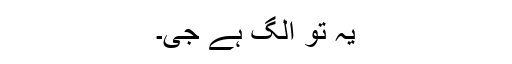
یہ تو الگ ہے جی۔